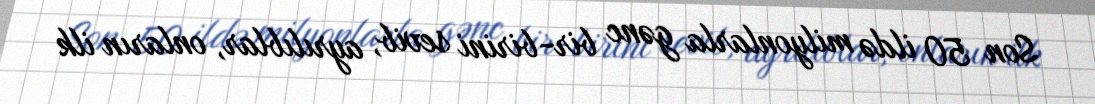
Son 50 ildə milyonlarla gənc bir-birini sevib, ayrılıblar, onların ilk